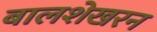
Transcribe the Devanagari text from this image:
बालशेखरन